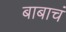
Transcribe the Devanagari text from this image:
बाबाचं